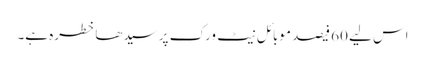
اس لیے 60 فیصد موبائل نیٹ ورک پر سیدھا خطرہ ہے۔